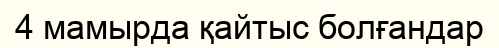
4 мамырда қайтыс болғандар